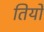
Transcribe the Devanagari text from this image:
तियों